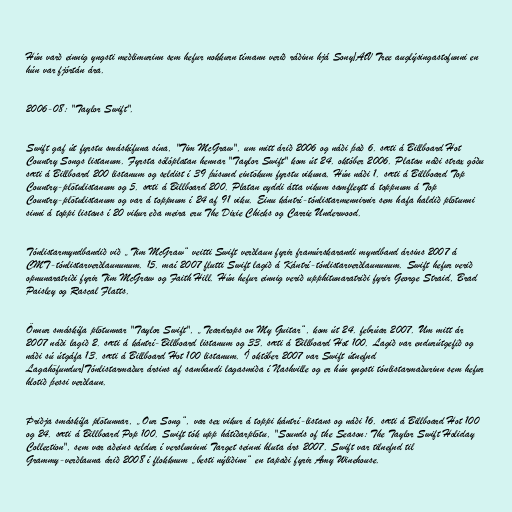
Hún varð einnig yngsti meðlimurinn sem hefur nokkurn tímann verið ráðinn hjá Sony/AtV Tree auglýsingastofunni en
hún var fjórtán ára.

2006-08: "Taylor Swift".

Swift gaf út fyrstu smáskífuna sína, "Tim McGraw", um mitt árið 2006 og náði það 6. sæti á Billboard Hot
Country Songs listanum. Fyrsta sólóplatan hennar "Taylor Swift" kom út 24. október 2006. Platan náði strax góðu
sæti á Billboard 200 listanum og seldist í 39 þúsund eintökum fyrstu vikuna. Hún náði 1. sæti á Billboard Top
Country-plötulistanum og 5. sæti á Billboard 200. Platan eyddi átta vikum samfleytt á toppnum á Top
Country-plötulistanum og var á toppnum í 24 af 91 viku. Einu kántrí-tónlistarmennirnir sem hafa haldið plötunni
sinni á toppi listans í 20 vikur eða meira eru The Dixie Chicks og Carrie Underwood.

Tónlistarmyndbandið við „Tim McGraw“ veitti Swift verðlaun fyrir framúrskarandi myndband ársins 2007 á
CMT-tónlistarverðlaununum. 15. maí 2007 flutti Swift lagið á Kántrí-tónlistarverðlaununum. Swift hefur verið
opnunaratriði fyrir Tim McGraw og Faith Hill. Hún hefur einnig verið upphitunaratriði fyrir George Straid, Brad
Paisley og Rascal Flatts.

Önnur smáskífa plötunnar "Taylor Swift", „Teardrops on My Guitar“, kom út 24. febrúar 2007. Um mitt ár
2007 náði lagið 2. sæti á kántrí-Billboard listanum og 33. sæti á Billboard Hot 100. Lagið var endurútgefið og
náði sú útgáfa 13. sæti á Billboard Hot 100 listanum. Í október 2007 var Swift útnefnd
Lagahöfundur/Tónlistarmaður ársins af sambandi lagasmiða í Nashville og er hún yngsti tónlistarmaðurinn sem hefur
hlotið þessi verðlaun.

Þriðja smáskífa plötunnar, „Our Song“, var sex vikur á toppi kántrí-listans og náði 16. sæti á Billboard Hot 100
og 24. sæti á Billboard Pop 100. Swift tók upp hátíðarplötu, "Sounds of the Season: The Taylor Swift Holiday
Collection", sem var aðeins seldur í versluninni Target seinni hluta árs 2007. Swift var tilnefnd til
Grammy-verðlauna árið 2008 í flokknum „besti nýliðinn“ en tapaði fyrir Amy Winehouse.